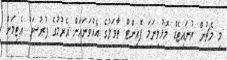
މި މެޗުން ޔުނައިޓެޑް މޮޅުވިނަމަ ޕޮއިންޓް ތާވަލުގެ އެއްވަނައަށް އެރުމުގެ ފުރުސަތު އެޓިމަށް